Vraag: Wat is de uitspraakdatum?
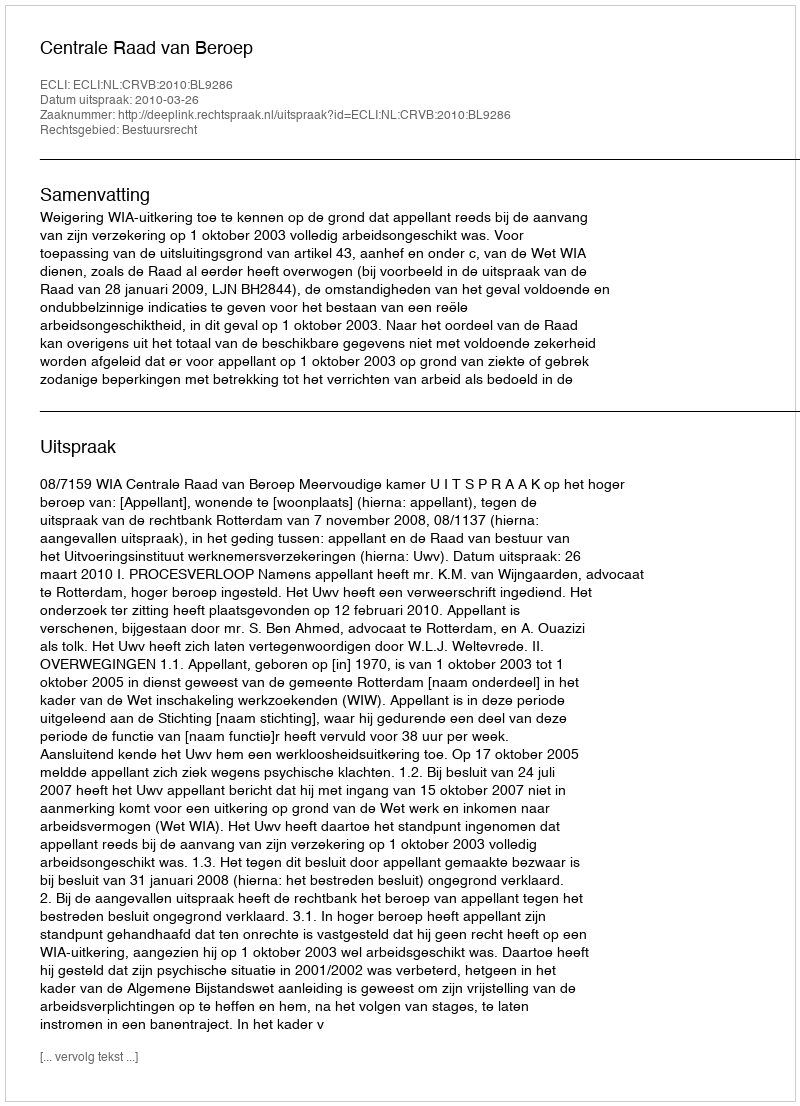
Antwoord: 2010-03-26